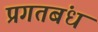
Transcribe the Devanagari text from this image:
प्रगतबंध